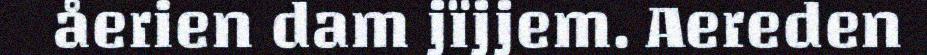
åerien dam jïjjem. Aereden